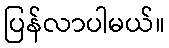
ပြန်လာပါမယ်။